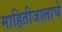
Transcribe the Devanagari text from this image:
माहितीजालाचे